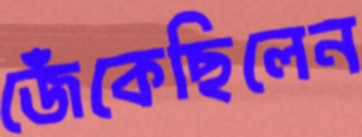
জেঁকেছিলেন